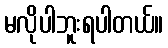
မလိုပါဘူးရပါတယ်။